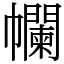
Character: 幱